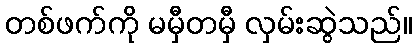
တစ်ဖက်ကို မမှီတမှီ လှမ်းဆွဲသည်။